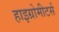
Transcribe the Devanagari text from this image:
हाइग्रोमीटर्स